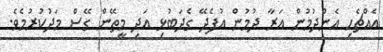
އެއްޗެހި އެންދުމުން އަރާ ދުމުން އުފެދޭ ގެދަބުޅި އަދި މީތޭން ގޭސް މަދުކުރުމެވެ.